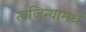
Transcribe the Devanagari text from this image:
खजिन्यामधे